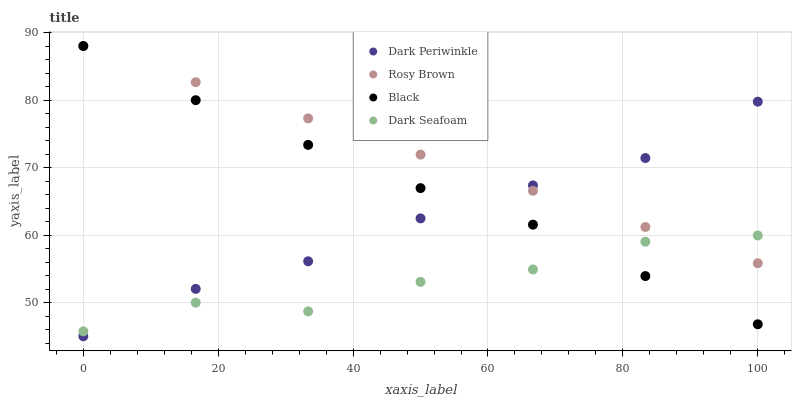
| xaxis_label | Dark Periwinkle | Rosy Brown | Black | Dark Seafoam |
 | --- | --- | --- | --- | --- |
 | 0 | 45 | 88 | 88 | 45.7 |
 | 16.7 | 52 | 82.6 | 80 | 50 |
 | 33.3 | 56.1 | 77.3 | 73.4 | 48.7 |
 | 50 | 62.5 | 71.9 | 66.9 | 53.1 |
 | 66.7 | 67.4 | 66.5 | 61.5 | 54.9 |
 | 83.3 | 71.4 | 61.2 | 53.9 | 59 |
 | 100 | 79.8 | 55.8 | 46.8 | 59.9 |